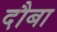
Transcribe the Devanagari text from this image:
दौबा